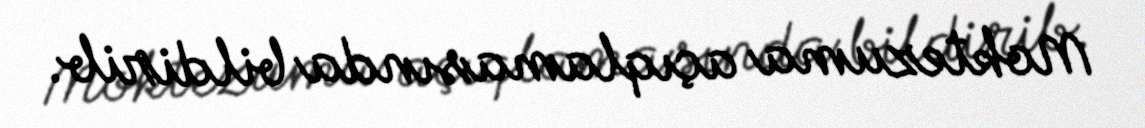
Moktezuma açıqlamasında bildirib.